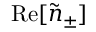
\mathrm { R e } [ \tilde { n } _ { \pm } ]